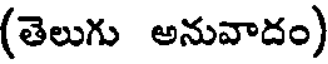
(తెలుగు అనువాదం)